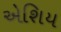
એશિય